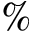
\%